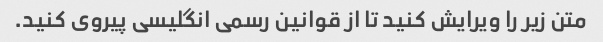
متن زیر را ویرایش کنید تا از قوانین رسمی انگلیسی پیروی کنید.